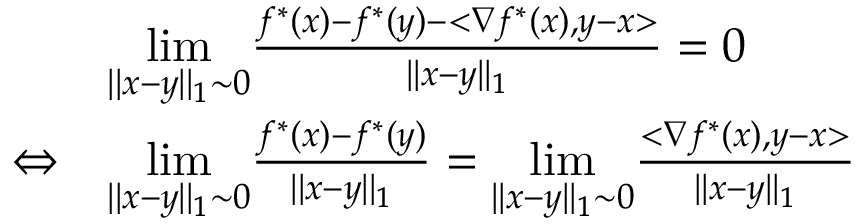
\begin{array} { r l } { } & { \underset { | | x - y | | _ { 1 } \sim 0 } { \operatorname* { l i m } } \frac { f ^ { * } ( x ) - f ^ { * } ( y ) - < \nabla f ^ { * } ( x ) , y - x > } { | | x - y | | _ { 1 } } = 0 } \\ { \Leftrightarrow } & { \underset { | | x - y | | _ { 1 } \sim 0 } { \operatorname* { l i m } } \frac { f ^ { * } ( x ) - f ^ { * } ( y ) } { | | x - y | | _ { 1 } } = \underset { | | x - y | | _ { 1 } \sim 0 } { \operatorname* { l i m } } \frac { < \nabla f ^ { * } ( x ) , y - x > } { | | x - y | | _ { 1 } } } \end{array}